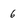
Character: 6